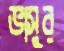
ভাসুর